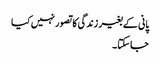
پانی کے بغیر زندگی کا تصور نہیں کیا
جاسکتا ۔